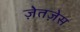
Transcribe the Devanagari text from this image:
ज़ेतज़ेस